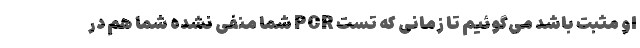
او مثبت باشد می‌گوئیم تا زمانی که تست PCR شما منفی نشده شما هم در